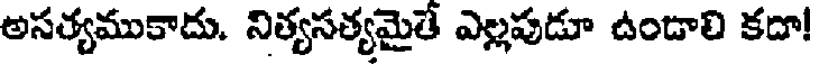
అసత్యముకాదు. నిత్యసత్యమైతే ఎల్లపుడూ ఉండాలి కదా!